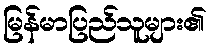
မြန်မာပြည်သူများ၏